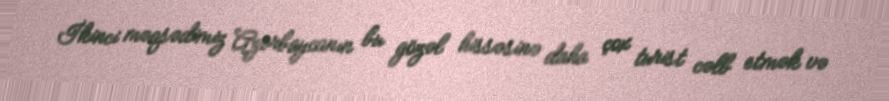
İkinci məqsədimiz Azərbaycanın bu gözəl hissəsinə daha çox turist cəlb etmək və